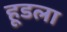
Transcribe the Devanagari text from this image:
हूडला